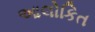
આલોકિત